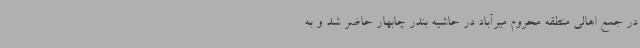
در جمع اهالی منطقه محروم میرآباد در حاشیه بندر چابهار حاضر شد و به